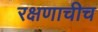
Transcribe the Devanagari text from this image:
रक्षणाचीच